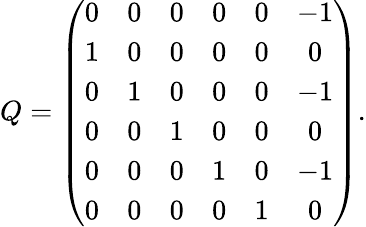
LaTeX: Q=\left(\begin{array}{ccccccccr}{{0}}&{{0}}&{{0}}&{{0}}&{{0}}&{{-1}}\\ {{1}}&{{0}}&{{0}}&{{0}}&{{0}}&{{0}}\\ {{0}}&{{1}}&{{0}}&{{0}}&{{0}}&{{-1}}\\ {{0}}&{{0}}&{{1}}&{{0}}&{{0}}&{{0}}\\ {{0}}&{{0}}&{{0}}&{{1}}&{{0}}&{{-1}}\\ {{0}}&{{0}}&{{0}}&{{0}}&{{1}}&{{0}}\end{array}\right).